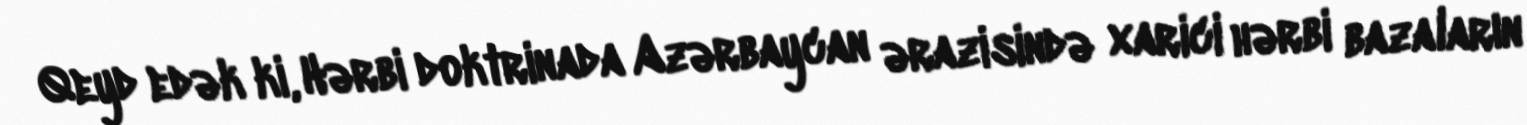
Qeyd edək ki, Hərbi doktrinada Azərbaycan ərazisində xarici hərbi bazaların